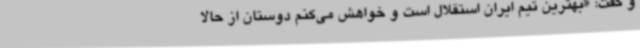
و گفت: «بهترین تیم ایران استقلال است و خواهش می‌کنم دوستان از حالا